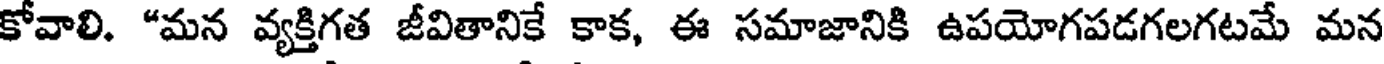
కోవాలి. "మన వ్యక్తిగత జీవితానికే కాక, ఈ సమాజానికి ఉపయోగపడగలగటమే మన